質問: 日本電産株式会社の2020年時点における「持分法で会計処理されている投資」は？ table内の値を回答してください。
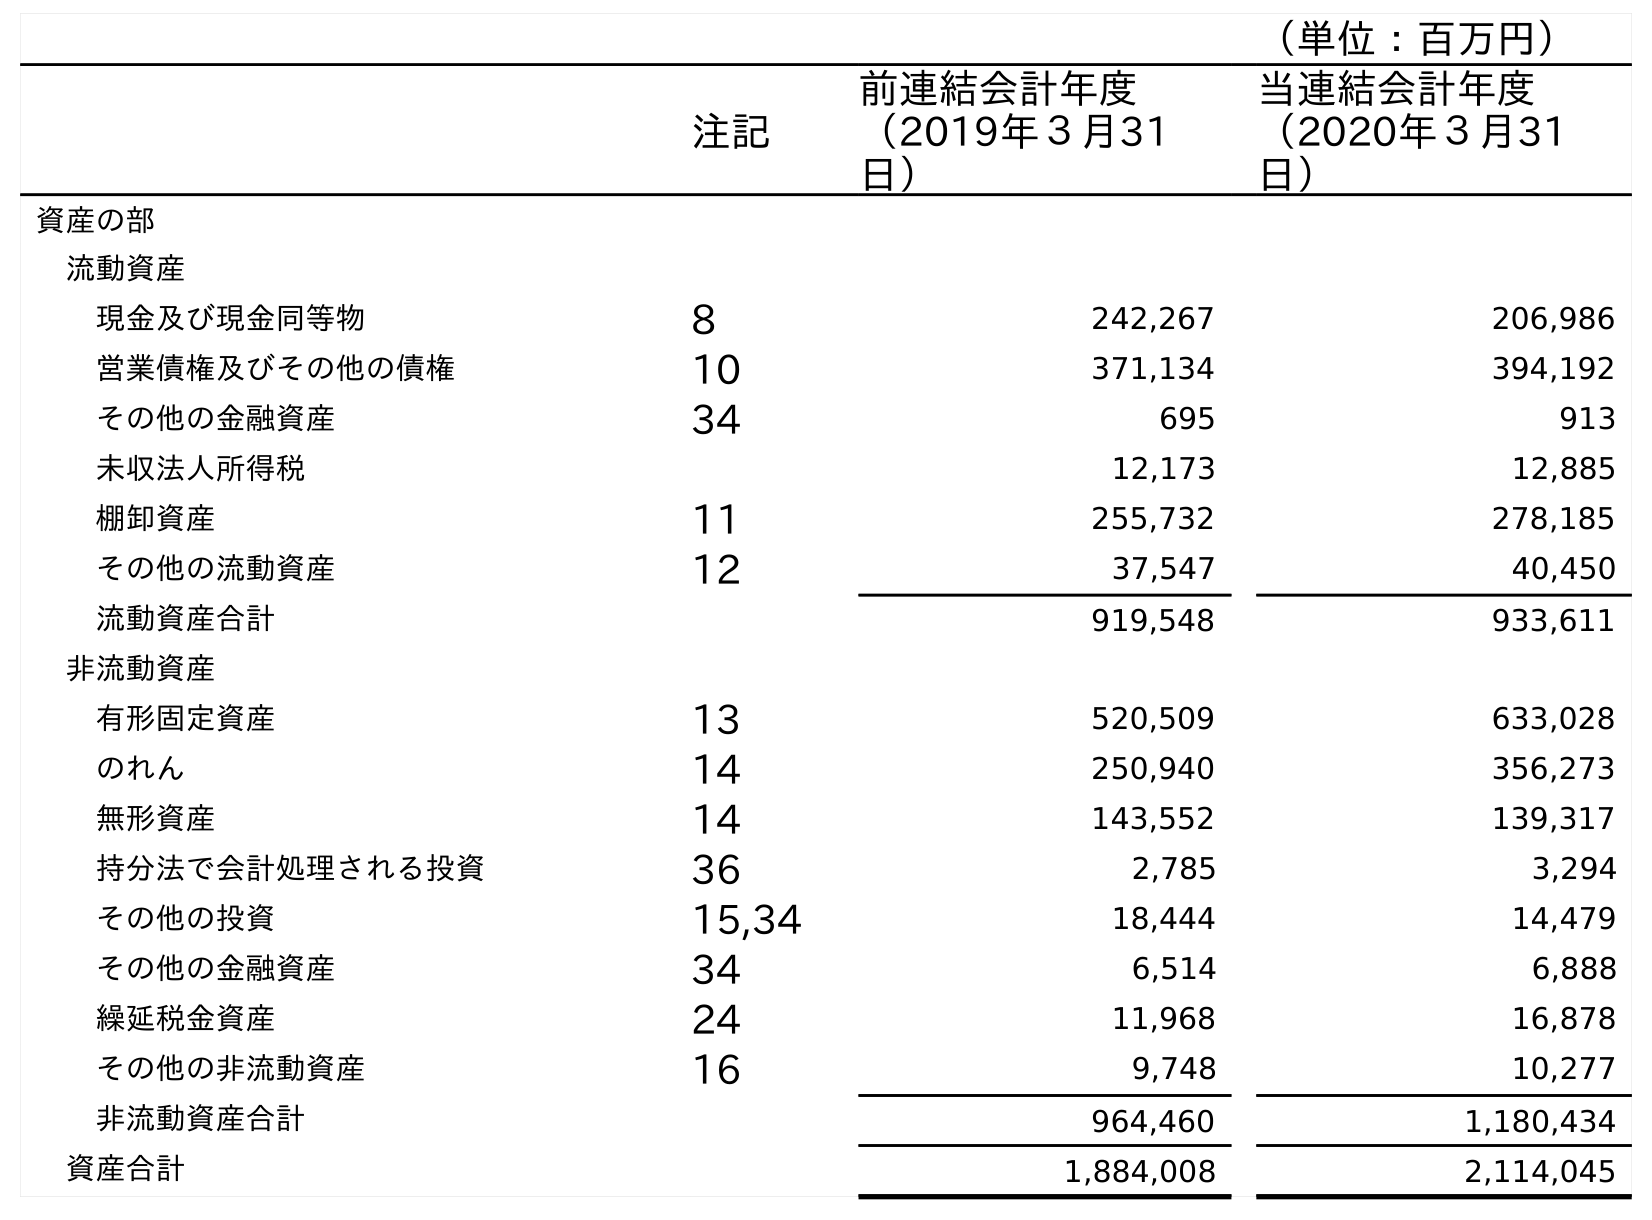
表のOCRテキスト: （単位：百万円） 注記 前連結会計年度 （2019年３月31 日） 当連結会計年度 （2020年３月31 日） 資産の部 流動資産 現金及び現金同等物 8 242,267 206,986 営業債権及びその他の債権 10 371,134 394,192 その他の金融資産 34 695 913 未収法人所得税 12,173 12,885 棚卸資産 11 255,732 278,185 その他の流動資産 12 37,547 40,450 流動資産合計 919,548 933,611 非流動資産 有形固定資産 13 520,509 633,028 のれん 14 250,940 356,273 無形資産 14 143,552 139,317 持分法で会計処理される投資 36 2,785 3,294 その他の投資 15,34 18,444 14,479 その他の金融資産 34 6,514 6,888 繰延税金資産 24 11,968 16,878 その他の非流動資産 16 9,748 10,277 非流動資産合計 964,460 1,180,434 資産合計 1,884,008 2,114,045
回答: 3,294